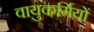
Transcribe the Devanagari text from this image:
वायुकर्मियों